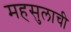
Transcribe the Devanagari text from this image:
महसुलाची